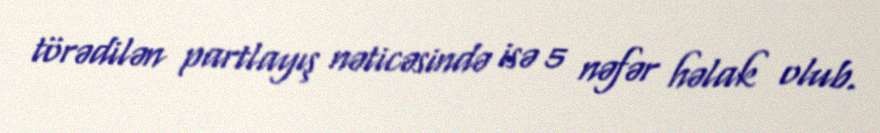
törədilən partlayış nəticəsində isə 5 nəfər həlak olub.